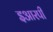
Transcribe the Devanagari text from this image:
इआरपी